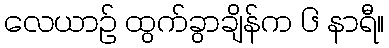
လေယာဉ် ထွက်ခွာချိန်က ၆ နာရီ။